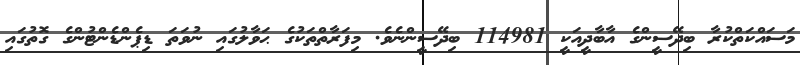
މަސައްކަތްކުރާ ބިދޭސީންގެ އާބާދީއަކީ 114981 ބިދޭސީންނެވެ. މިފަރާތްތަކުގެ ޙަވާލުގައި ނުވަތަ ޑިޕެންޑެންޓުންގެ ގޮތުގައި